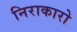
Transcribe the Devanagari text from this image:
निराकारो